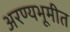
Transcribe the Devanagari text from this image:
अरण्यभूमीत